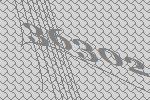
36302